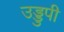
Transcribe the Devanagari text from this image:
उड्डुपी